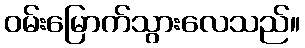
ဝမ်းမြောက်သွားလေသည်။